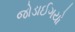
જોડાઈગયો